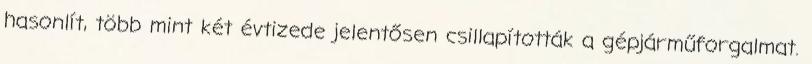
hasonlít, több mint két évtizede jelentősen csillapították a gépjárműforgalmat.